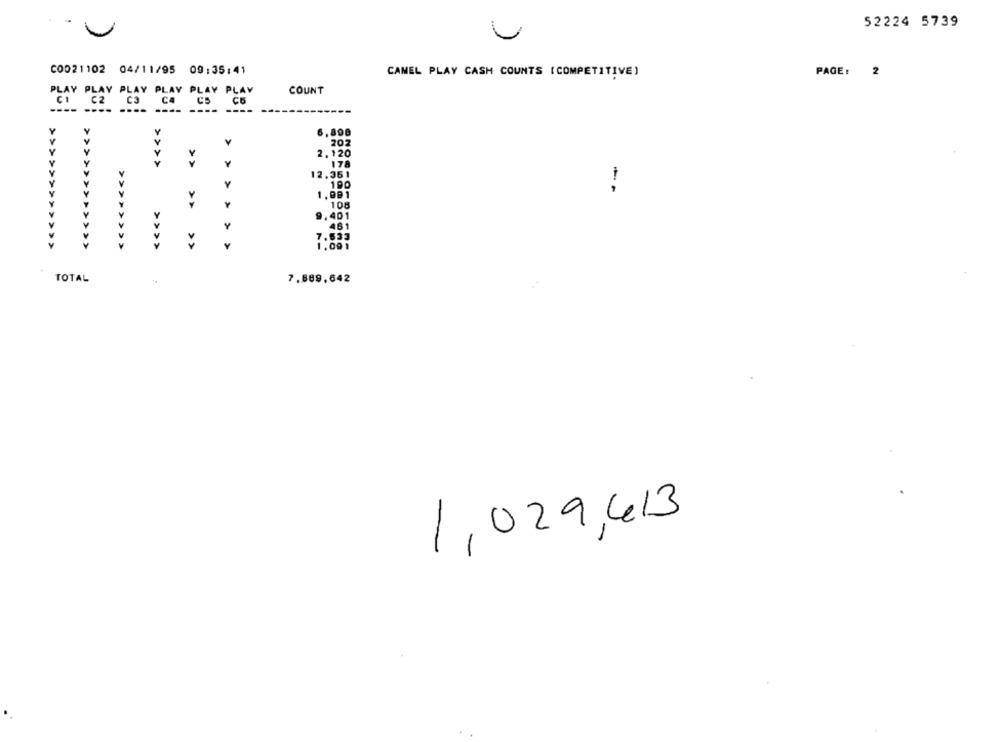
52224 5739
C0021102 04/11/95 09:35:41
CAMEL PLAY CASH COUNTS ( COMPETITIVE)
PAGE:
PLAY PLAY PLAY PLAY PLAY PLAY
COUNT
C2
C
C4
C6
----
----
----
6,898
202
>
2.120
Y
Y
17
>>
12.361
190
1.991
--
>>
Y
108
9.401
>
461
>>>>>>>>>>>>
>>>>>>>>>>>>
>
7.533
>>>>>>>>
TOTAL
7.889,642
1,029,413